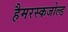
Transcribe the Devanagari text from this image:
हैमरस्कजोल्‍ड